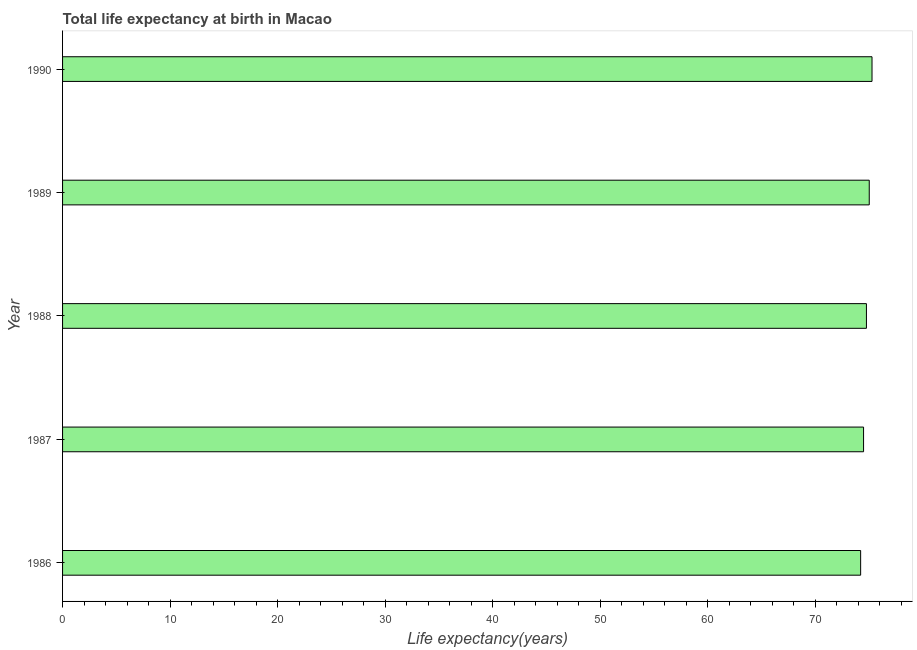
| Year | Life expectancy at birth |
 | --- | --- |
 | 1986 | 74.2 |
 | 1987 | 74.5 |
 | 1988 | 74.8 |
 | 1989 | 75 |
 | 1990 | 75.3 |